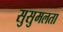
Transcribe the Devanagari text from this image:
सुसुमलता